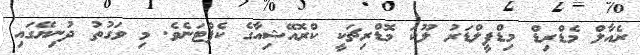
ރެއާލް މެޑްރިޑް މިޑްފީލްޑަރު ލޫކަ މޮޑްރިޗަކީ ކްރޮއޭޝިއާގެ ކެޕްޓަނެވެ. މި ވަގުތު ދުނިޔޭގައި